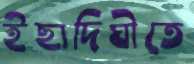
ইছাদিঘীতে